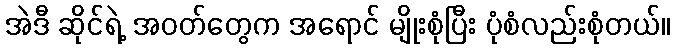
အဲဒီ ဆိုင်ရဲ့ အဝတ်တွေက အရောင် မျိုးစုံပြီး ပုံစံလည်းစုံတယ်။